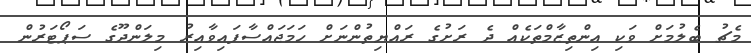
މެޗު ބެލުމަށް ވަކި އިންތިޒާމްތަކެއް ދެ ރަށުގެ ރައްޔިތުންނަށް ހަމަޖައްސާފައިވާއިރު މިލަންދޫގެ ސަޕޯޓަރުން